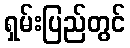
ရှမ်းပြည်တွင်